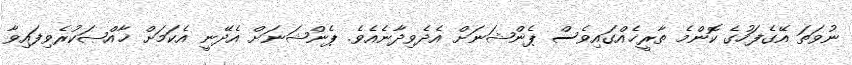
ނުވަތަ އޭގެފަހުގެ ކޮންމެ ތާރީޚެއްގައިވެސް ޕެންޝަނަށް އެދެވިދާނެއެވެ. ޕެންޝަނަށް އެދޭނީ އެކަމަށް ޚާއްޞަކުރެވިފައިވާ